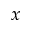
\displaystyle x